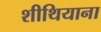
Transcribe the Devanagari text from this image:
शीथियाना